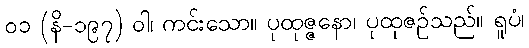
၀၁ (နိ-၁၉၇) ဝါ၊ ကင်းသော။ ပုထုဇ္ဇနော၊ ပုထုဇဉ်သည်။ ရူပံ၊